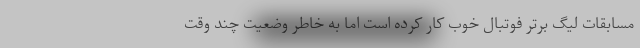
مسابقات لیگ برتر فوتبال خوب کار کرده است اما به خاطر وضعیت چند وقت